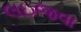
લઇજવા